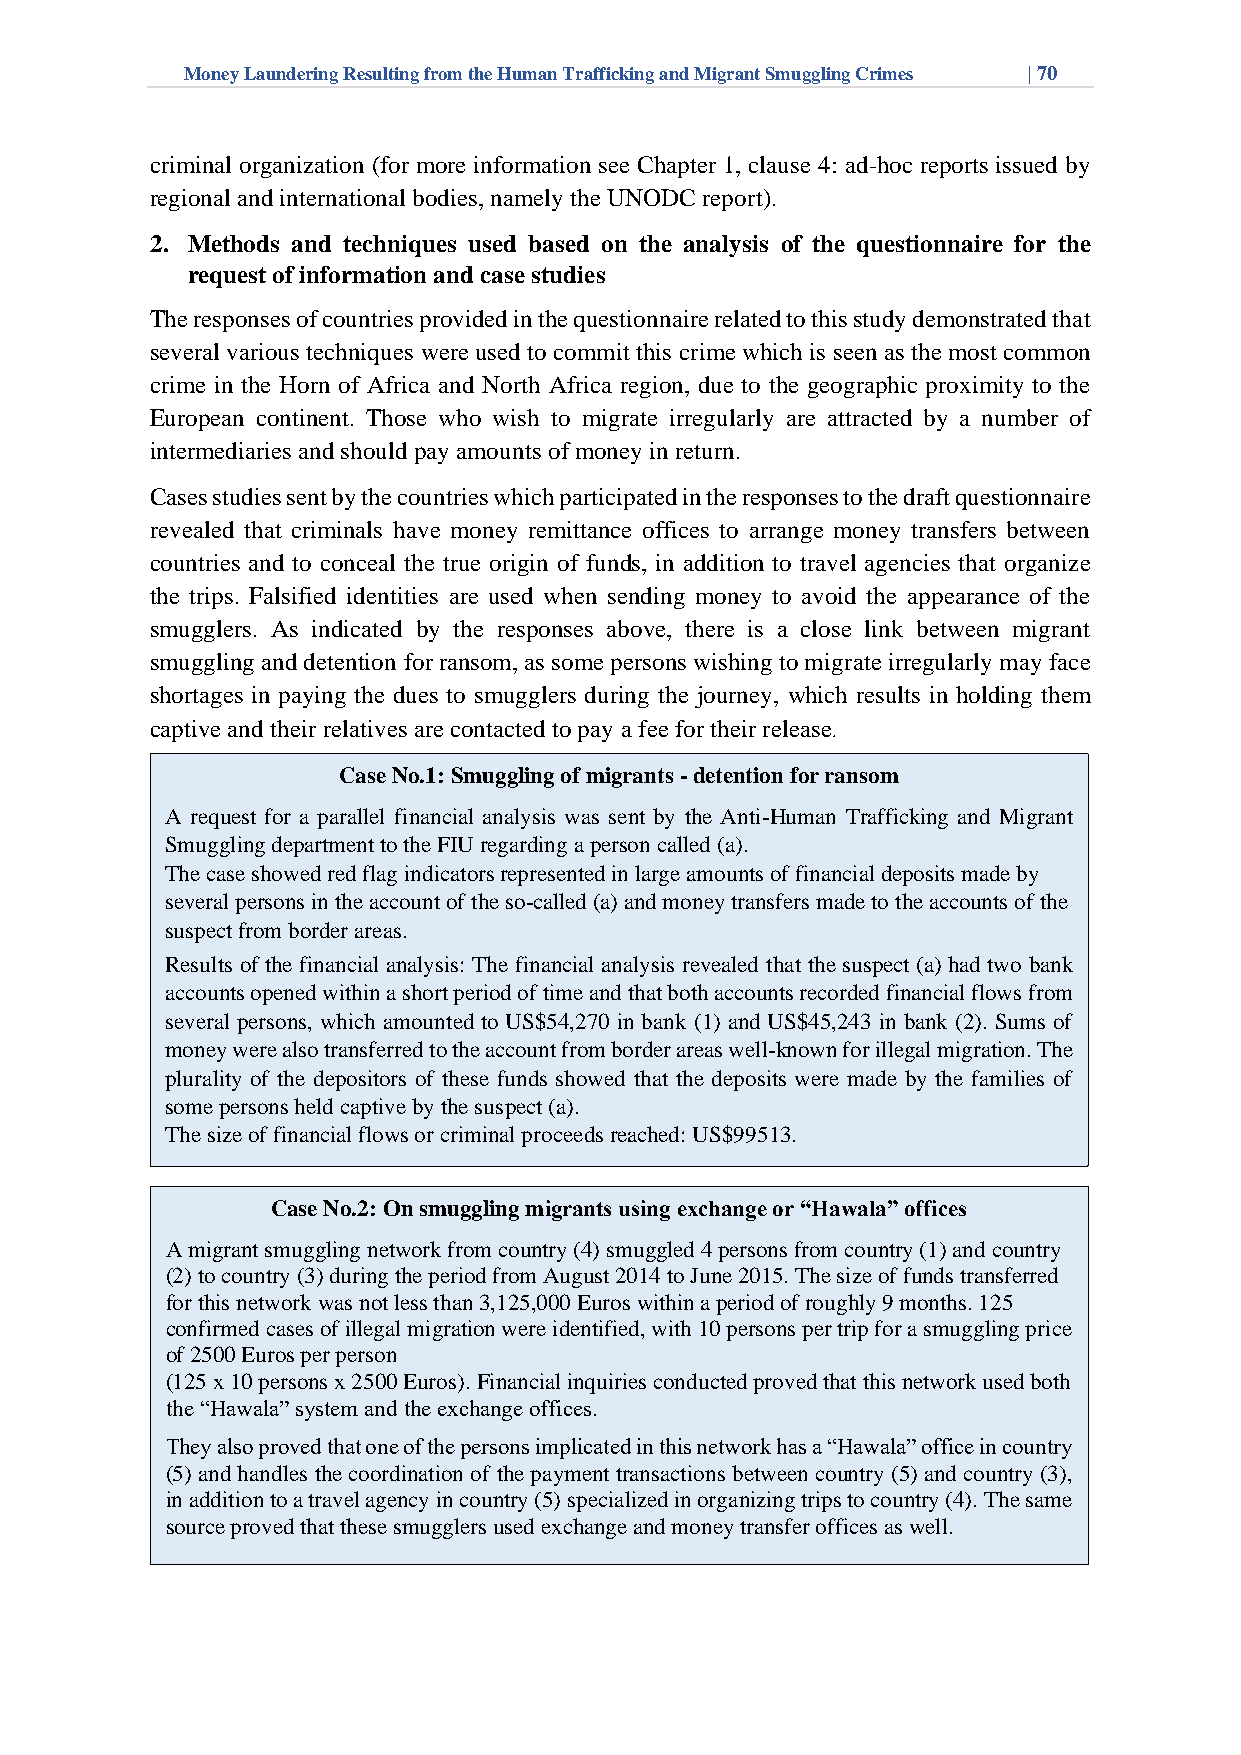
Money Laundering Resulting from the Human Trafficking and Migrant Smuggling Crimes | 70
 criminal organization (for more information see Chapter 1, clause 4: ad-hoc reports issued by
 regional and international bodies, namely the UNODC report).
 2. Methods and techniques used based on the analysis of the questionnaire for the
 request of information and case studies
 The responses of countries provided in the questionnaire related to this study demonstrated that
 several various techniques were used to commit this crime which is seen as the most common
 crime in the Horn of Africa and North Africa region, due to the geographic proximity to the
 European continent. Those who wish to migrate irregularly are attracted by a number of
 intermediaries and should pay amounts of money in return.
 Cases studies sent by the countries which participated in the responses to the draft questionnaire
 revealed that criminals have money remittance offices to arrange money transfers between
 countries and to conceal the true origin of funds, in addition to travel agencies that organize
 the trips. Falsified identities are used when sending money to avoid the appearance of the
 smugglers. As indicated by the responses above, there is a close link between migrant
 smuggling and detention for ransom, as some persons wishing to migrate irregularly may face
 shortages in paying the dues to smugglers during the journey, which results in holding them
 captive and their relatives are contacted to pay a fee for their release.
 Case No.1: Smuggling of migrants - detention for ransom
 A request for a parallel financial analysis was sent by the Anti-Human Trafficking and Migrant
 Smuggling department to the FIU regarding a person called (a).
 The case showed red flag indicators represented in large amounts of financial deposits made by
 several persons in the account of the so-called (a) and money transfers made to the accounts of the
 suspect from border areas.
 Results of the financial analysis: The financial analysis revealed that the suspect (a) had two bank
 accounts opened within a short period of time and that both accounts recorded financial flows from
 several persons, which amounted to US$54,270 in bank (1) and US$45,243 in bank (2). Sums of
 money were also transferred to the account from border areas well-known for illegal migration. The
 plurality of the depositors of these funds showed that the deposits were made by the families of
 some persons held captive by the suspect (a).
 The size of financial flows or criminal proceeds reached: US$99513.
 Case No.2: On smuggling migrants using exchange or “Hawala” offices
 A migrant smuggling network from country (4) smuggled 4 persons from country (1) and country
 (2) to country (3) during the period from August 2014 to June 2015. The size of funds transferred
 for this network was not less than 3,125,000 Euros within a period of roughly 9 months. 125
 confirmed cases of illegal migration were identified, with 10 persons per trip for a smuggling price
 of 2 500 Euros per person
 (125 x 10 persons x 2500 Euros). Financial inquiries conducted proved that this network used both
 the “Hawala” system and the exchange offices.
 They also proved that one of the persons impl icated in this network has a “Hawala” office in country
 (5) and handles the coordination of the payment transactions between country (5) and country (3),
 in addition to a travel agency in country (5) specialized in organizing trips to country (4). The same
 source proved that these smugglers used exchange and money transfer offices as well.